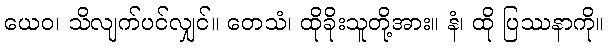
ယေဝ၊ သိလျက်ပင်လျှင်။ တေသံ၊ ထိုခိုးသူတို့အား။ နံ၊ ထို ပြဿနာကို။